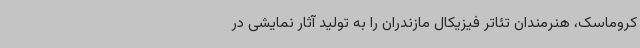
کروماسک، هنرمندان تئاتر فیزیکال مازندران را به تولید آثار نمایشی در